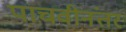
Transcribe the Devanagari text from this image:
पाचवीनंतर